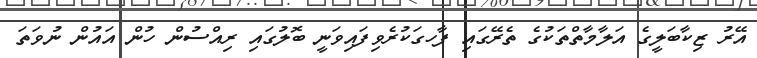
އޭރު ޒިކާބަލީގެ އަލާމާތްތަކުގެ ތެރޭގައި ފާހގަކުރެވިފައިވަނީ ބޮލުގައި ރިއްސުން ހުން އައުން ނުވަތަ